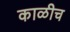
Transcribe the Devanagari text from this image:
काळीच